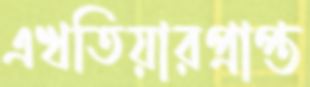
এখতিয়ারপ্রাপ্ত